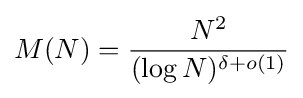
M(N)={\frac {N^{2}}{(\log N)^{\delta +o(1)}}}